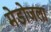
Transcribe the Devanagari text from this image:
मेडोजला